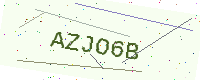
Text: AZJO6B